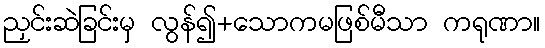
ညှင်းဆဲခြင်းမှ လွန်၍+သောကမဖြစ်မီသာ ကရုဏာ။